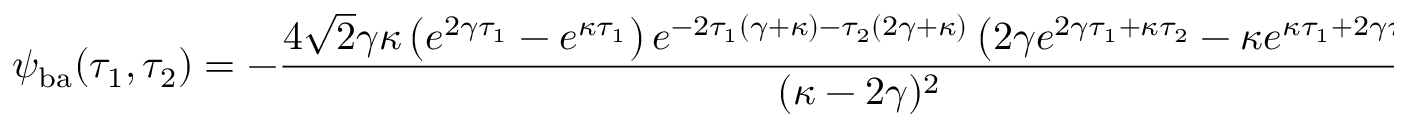
\psi _ { \mathrm { b a } } ( \tau _ { 1 } , \tau _ { 2 } ) = - \frac { 4 \sqrt { 2 } \gamma \kappa \left( e ^ { 2 \gamma \tau _ { 1 } } - e ^ { \kappa \tau _ { 1 } } \right) e ^ { - 2 \tau _ { 1 } ( \gamma + \kappa ) - \tau _ { 2 } ( 2 \gamma + \kappa ) } \left( 2 \gamma e ^ { 2 \gamma \tau _ { 1 } + \kappa \tau _ { 2 } } - \kappa e ^ { \kappa \tau _ { 1 } + 2 \gamma \tau _ { 2 } } \right) } { ( \kappa - 2 \gamma ) ^ { 2 } }